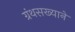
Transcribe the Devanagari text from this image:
ग्रंथसख्याने